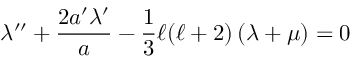
\lambda ^ { \prime \prime } + \frac { 2 a ^ { \prime } \lambda ^ { \prime } } { a } - \frac { 1 } { 3 } \ell ( \ell + 2 ) \left( \lambda + \mu \right) = 0